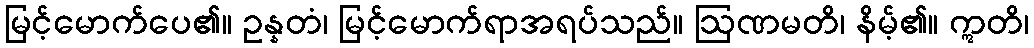
မြင့်မောက်ပေ၏။ ဥန္နတံ၊ မြင့်မောက်ရာအရပ်သည်။ ဩဏမတိ၊ နိမ့်၏။ ဣတိ၊